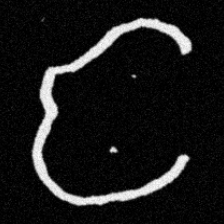
Pyu character \u2014 Myanmar letter: င (romanized: nga)